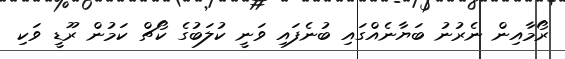
ރޯމާއިން ނެރުނު ބަޔާނެއްގައި ބުނެފައި ވަނީ ކުލަބުގެ ކޯޗް ކަމުން ރޫޑީ ވަކި